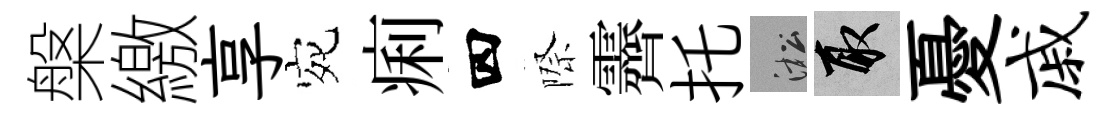
槃繳享宛痢四際霽托淞取憂戚